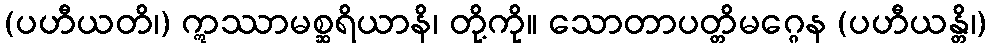
(ပဟီယတိ၊) ဣဿာမစ္ဆရိယာနိ၊ တို့ကို။ သောတာပတ္တိမဂ္ဂေန (ပဟီယန္တိ၊)